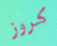
كروز